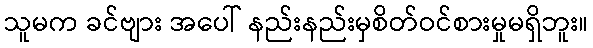
သူမက ခင်ဗျား အပေါ် နည်းနည်းမှစိတ်ဝင်စားမှုမရှိဘူး။